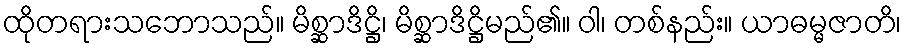
ထိုတရားသဘောသည်။ မိစ္ဆာဒိဋ္ဌိ၊ မိစ္ဆာဒိဋ္ဌိမည်၏။ ဝါ၊ တစ်နည်း။ ယာဓမ္မဇာတိ၊